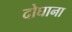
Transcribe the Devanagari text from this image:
दोघाना